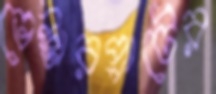
ভেস্টারপ্লাটের